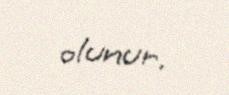
olunur.